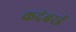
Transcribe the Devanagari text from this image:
कदंबरई